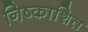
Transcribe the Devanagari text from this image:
निष्काशित